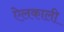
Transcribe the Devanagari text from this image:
ऐलकाली